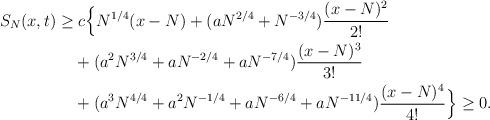
LaTeX: \begin{align*}S_N(x,t)\ge&\; c\Big\{ N^{1/4}(x-N) +(aN^{2/4}+N^{-3/4})\frac{(x-N)^2}{2!}\\&+( a^2N^{3/4}+aN^{-2/4}+a N^{-7/4})\frac{(x-N)^3}{3!}\\&+(a^3N^{4/4}+a^2N^{-1/4}+aN^{-6/4}+a N^{-11/4})\frac{(x-N)^4}{4!}\Big\}\ge 0.\end{align*}